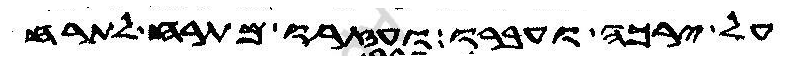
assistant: על ירכה ועברו ועזרו מתרח לתרח